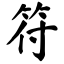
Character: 符